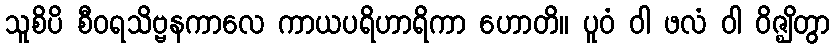
သူစိပိ စီဝရသိဗ္ဗနကာလေ ကာယပရိဟာရိကာ ဟောတိ။ ပူဝံ ဝါ ဖလံ ဝါ ဝိဇ္ဈိတွာ